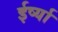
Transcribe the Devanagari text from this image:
ईर्ष्‍या